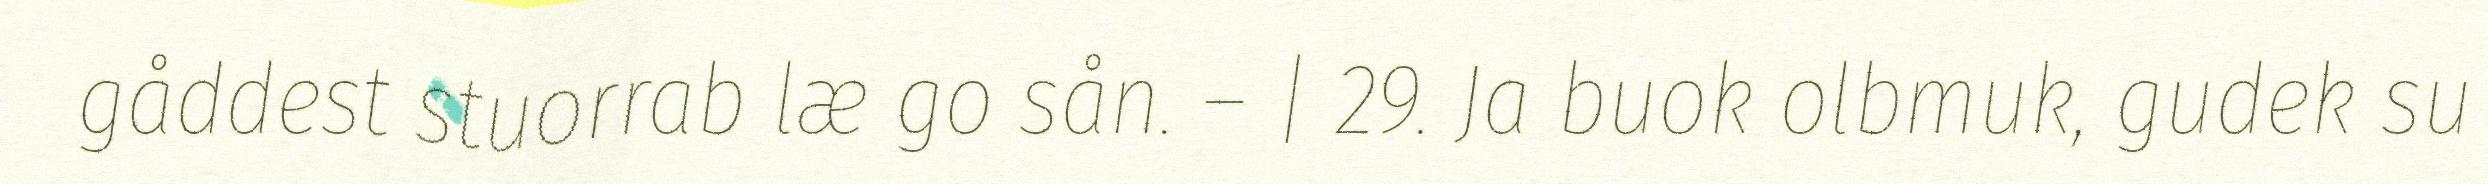
gåddest stuorrab læ go sån. – | 29. Ja buok olbmuk, gudek su